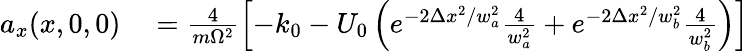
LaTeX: \begin{array}{rl}{a_{x}(x,0,0)}&{{}=\frac{4}{m\Omega^{2}}\left[-k_{0}-U_{0}\left(e^{-2\Delta x^{2}/w_{a}^{2}}\frac{4}{w_{a}^{2}}+e^{-2\Delta x^{2}/w_{b}^{2}}\frac{4}{w_{b}^{2}}\right)\right]}\end{array}